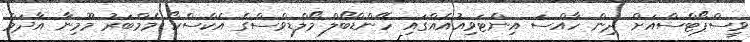
ވީސްޕޯޓްސްއަށް ދިން ހާއްސަ އިންޓަވިއުއެއްގައި ހޭންޑްބޯލް މޯލްޑިވްސްގެ އެކްސްކޯ މެމްބަރު މޫމިނާ އާދަމް